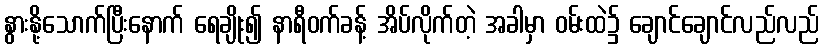
နွားနို့သောက်ပြီးနောက် ရေချိုး၍ နာရီဝက်ခန့် အိပ်လိုက်တဲ့ အခါမှာ ဝမ်းထဲ၌ ချောင်ချောင်လည်လည်